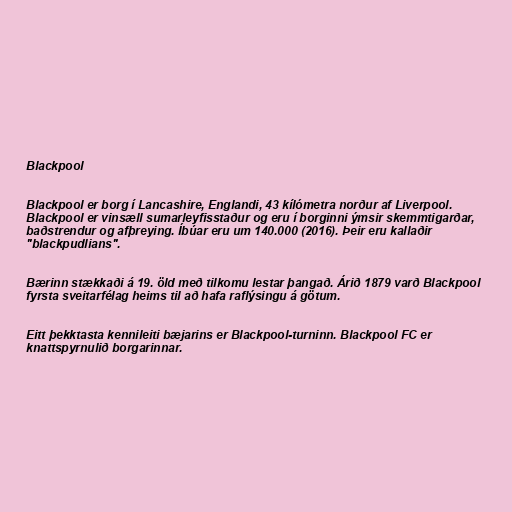
Blackpool

Blackpool er borg í Lancashire, Englandi, 43 kílómetra norður af Liverpool.
Blackpool er vinsæll sumarleyfisstaður og eru í borginni ýmsir skemmtigarðar,
baðstrendur og afþreying. Íbúar eru um 140.000 (2016). Þeir eru kallaðir
"blackpudlians".

Bærinn stækkaði á 19. öld með tilkomu lestar þangað. Árið 1879 varð Blackpool
fyrsta sveitarfélag heims til að hafa raflýsingu á götum.

Eitt þekktasta kennileiti bæjarins er Blackpool-turninn. Blackpool FC er
knattspyrnulið borgarinnar.